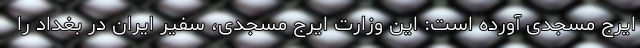
ایرج مسجدی آورده است: این وزارت ایرج مسجدی، سفیر ایران در بغداد را